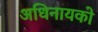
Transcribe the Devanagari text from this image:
अधिनायको